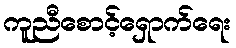
ကူညီစောင့်ရှောက်ရေး